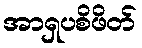
အာရှပစိဖိတ်